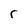
Character: r